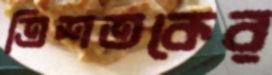
ত্রিশতকের